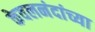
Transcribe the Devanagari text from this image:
केवलनंदांच्या